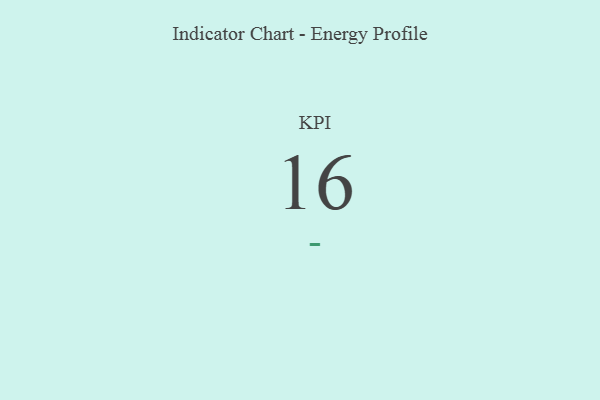
{"axis": {"x": "KPI", "y": "Value"}, "legend": [""], "data": [{"x": "KPI", "y": 16, "type": ""}]}